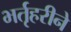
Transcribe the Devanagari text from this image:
भर्तृहरीने